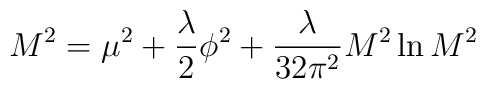
M^2=  \mu ^2 + {\lambda \over 2} \phi ^2  + {\lambda \over 32 \pi ^ 2} M^2 \ln {M^2}